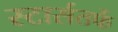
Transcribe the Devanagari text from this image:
स्टार्सतर्फे